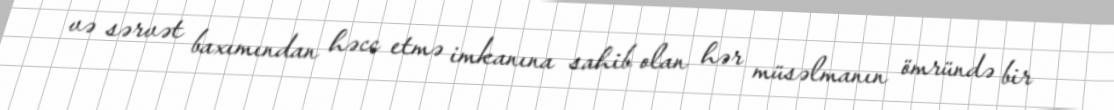
və sərvət baxımından həcc etmə imkanına sahib olan hər müsəlmanın ömründə bir